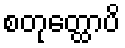
စတုတ္ထောပိ